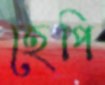
হেপি